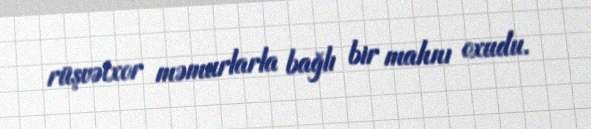
rüşvətxor məmurlarla bağlı bir mahnı oxudu.